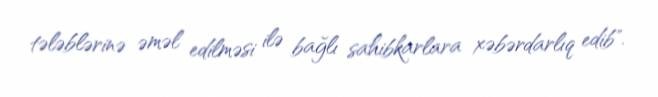
tələblərinə əməl edilməsi ilə bağlı sahibkarlara xəbərdarlıq edib".